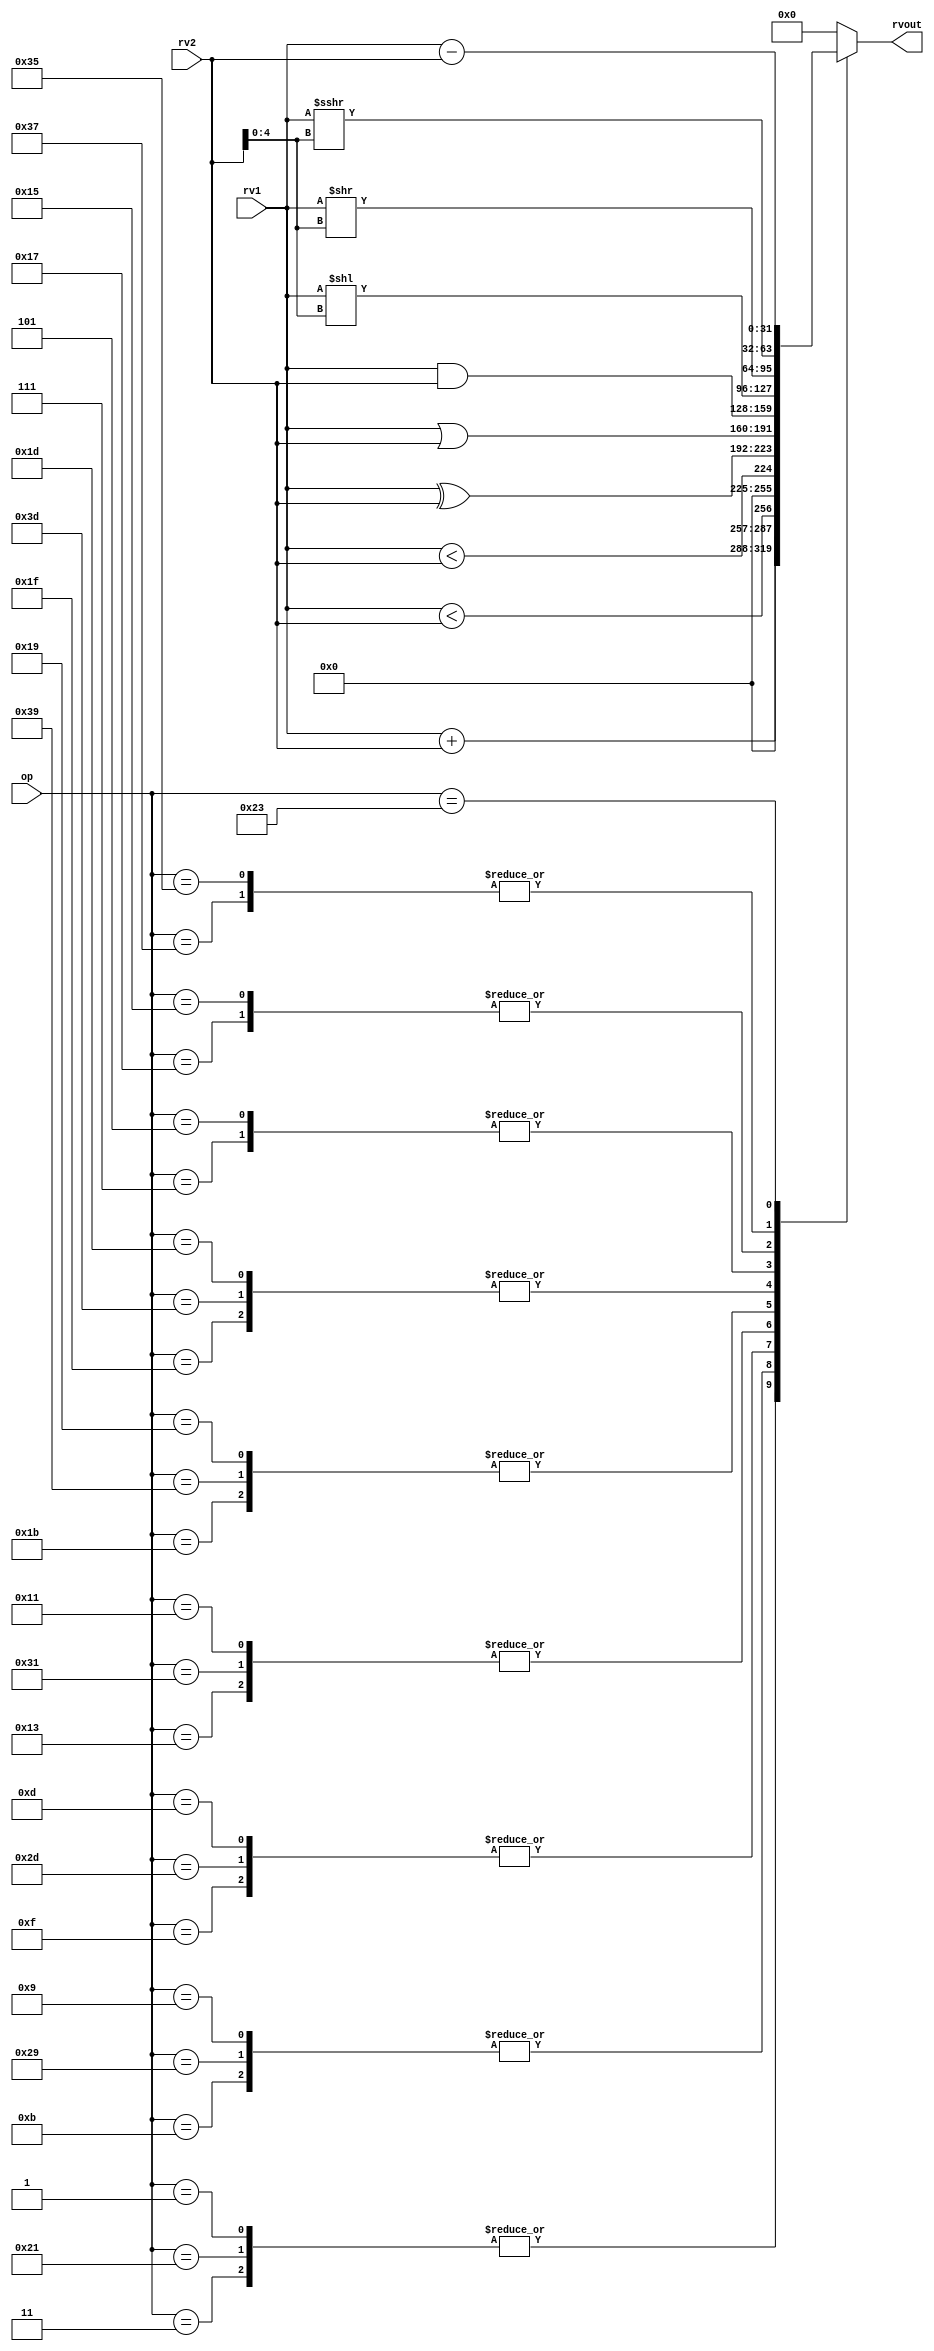
module alu32(
    input [5:0] op,             // some input encoding of your choice
    input signed [31:0] rv1,    // First operand
    input signed [31:0] rv2,    // Second operand
    output [31:0] rvout         // Output value
);
    // rv1 and rv2 wires innterpreted as signed
    // Doing it above itself to avoid "ANSI port redeclaration not allowed" error in VIVADO

    reg signed [31:0] rout; // stores the output of the alu instruction which will be continuously assigned to rvout
    assign rvout = rout;    // The actual output from the module rvout is a wire which is continuously assigned to rout, which is a register

    always @(rv1 or rv2 or op) begin                // Sensitivity list contains all terms which trigger this block (i.e) appear in RHS of assign statements or in case statement
        case (op)                                   // For instructions with Immediate values we need to handle both 0 and 1 in op[7] of custom opcode as same (op[7] becomes a dont care bit)
            6'b000001, 6'b100001, 6'b000011 : begin // 1st two - ADDI, 3rd - ADD
                rout = rv1 + rv2;
            end
            6'b001001, 6'b101001, 6'b001011 : begin // 1st two - SLTI, 3rd - SLT
                rout = rv1 < rv2;
            end
            6'b001101, 6'b101101, 6'b001111 : begin // 1st two - SLTIU, 3rd - SLTU
                rout = $unsigned(rv1) < $unsigned(rv2);
            end
            6'b010001, 6'b110001, 6'b010011 : begin // 1st two - XORI, 3rd - XOR
                rout = rv1 ^ rv2;
            end
            6'b011001, 6'b111001, 6'b011011 : begin // 1st two - ORI, 3rd - OR
                rout = rv1 | rv2;
            end
            6'b011101, 6'b111101, 6'b011111 : begin // 1st two - ANDI, 3rd - AND
                rout = rv1 & rv2;
            end
            6'b000101, 6'b000111 : begin            // 1st - SLLI, 2nd - SLL
                rout = rv1 << rv2[4:0];             // the lower 5 bits only need to be used for shift instructions
            end
            6'b010101, 6'b010111 : begin            // 1st - SRLI, 2nd - SRL
                rout = rv1 >> rv2[4:0];             // the lower 5 bits only need to be used for shift instructions
            end
            6'b110101, 6'b110111 : begin            // 1st - SRAI, 2nd - SRA
                rout = rv1 >>> rv2[4:0];            // the lower 5 bits only need to be used for shift instructions
            end
            6'b100011 : begin                       // SUB
                rout = rv1 - rv2;
            end
            default : begin                         // Incase doesn't match any allowed instructions, setting output to zero than any garbage value
                rout = {32{1'b0}};
            end
        endcase
    end

endmodule